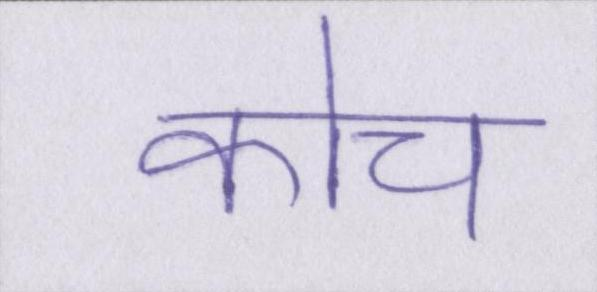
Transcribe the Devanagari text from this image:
कोच